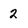
Character: 2